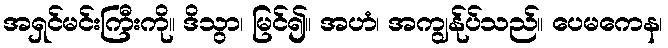
အရှင်မင်းကြီးကို။ ဒိသွာ၊ မြင်၍။ အဟံ၊ အကျွန်ုပ်သည်။ ပေမကေန၊